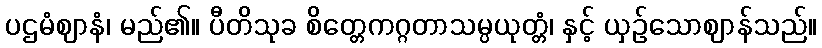
ပဌမံဈာနံ၊ မည်၏။ ပီတိသုခ စိတ္တေကဂ္ဂတာသမ္ပယုတ္တံ၊ နှင့် ယှဉ်သောဈာန်သည်။